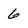
Character: 6